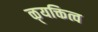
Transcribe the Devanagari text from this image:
ऴ्यक्तित्व